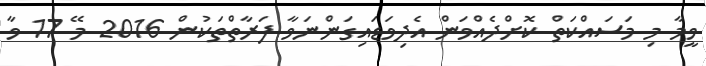
ވީމާ މި މަސައްކަތް ކޮށްދެއްވަން އެދިވަޑައިގަންނަވާ ފަރާތްތަކުން 2016 މޭ 17 ވާ